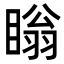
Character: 瞈